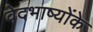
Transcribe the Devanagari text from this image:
वेदभाष्योंके